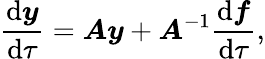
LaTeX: \frac{\mathrm{d}\boldsymbol{y}}{\mathrm{d}\tau}=\boldsymbol{A}\boldsymbol{y}+\boldsymbol{A}^{-1}\frac{\mathrm{d}\boldsymbol{f}}{\mathrm{d}\tau},